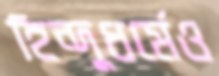
হিন্দুধর্মেও